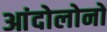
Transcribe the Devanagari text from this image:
आंदोलोनों